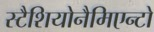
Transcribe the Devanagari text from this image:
स्टैशियोनैमिएन्टो